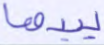
يبدها